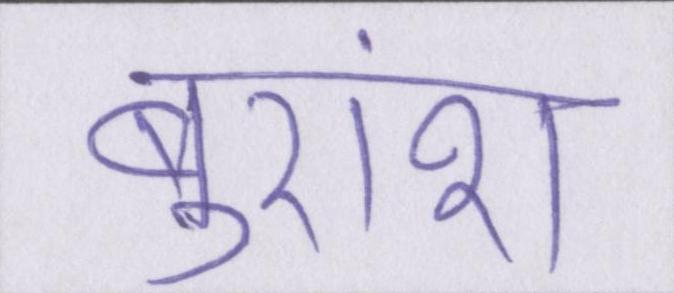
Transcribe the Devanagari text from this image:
बुरांश